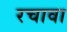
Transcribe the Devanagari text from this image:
रचावा